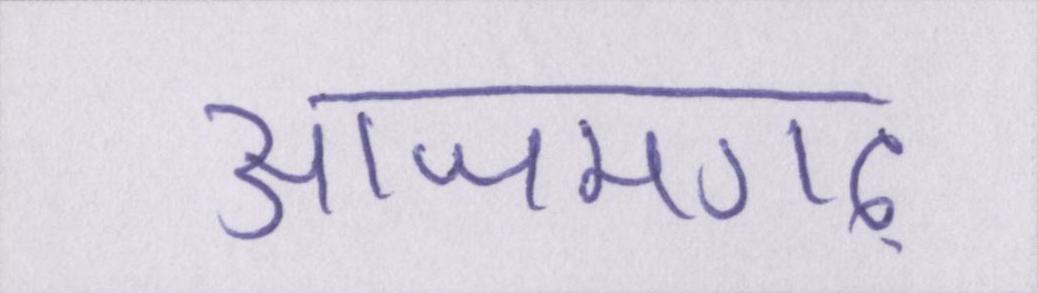
आजमगढ़